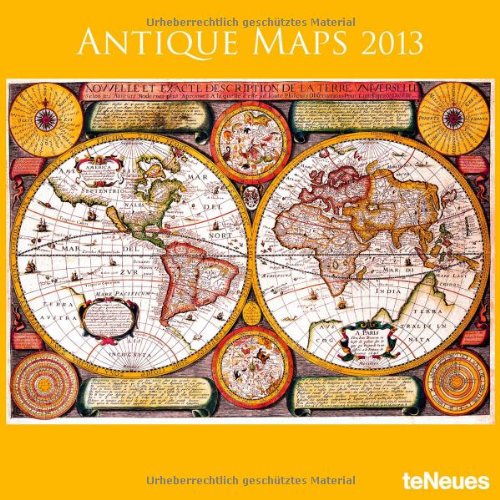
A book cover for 2013 Antique Maps Wall Calendar; teNeues; Calendars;